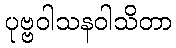
ပုဗ္ဗဝါသနဝါသိတာ